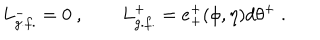
LaTeX: L _ { g . f . } ^ { - } = 0 \ , \qquad L _ { g . f . } ^ { + } = e _ { + } ^ { + } ( \phi , \eta ) d \theta ^ { + } \ .